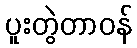
ပူးတွဲတာဝန်